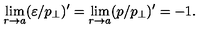
\lim _ { r \to a } ( \varepsilon / p _ { \perp } ) ^ { \prime } = \lim _ { r \to a } ( p / p _ { \perp } ) ^ { \prime } = - 1 .